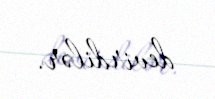
devirdilər.